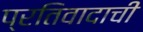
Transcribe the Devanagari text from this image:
प्रतिवादाची